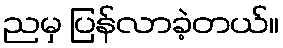
ညမှ ပြန်လာခဲ့တယ်။